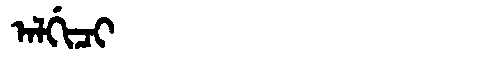
Manchu: ᠠᠯᡤᡳᠴᡳ
Romanization: ALGICI